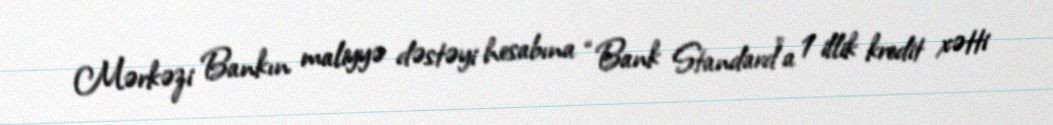
Mərkəzi Bankın maliyyə dəstəyi hesabına “Bank Standard”a 1 illik kredit xətti